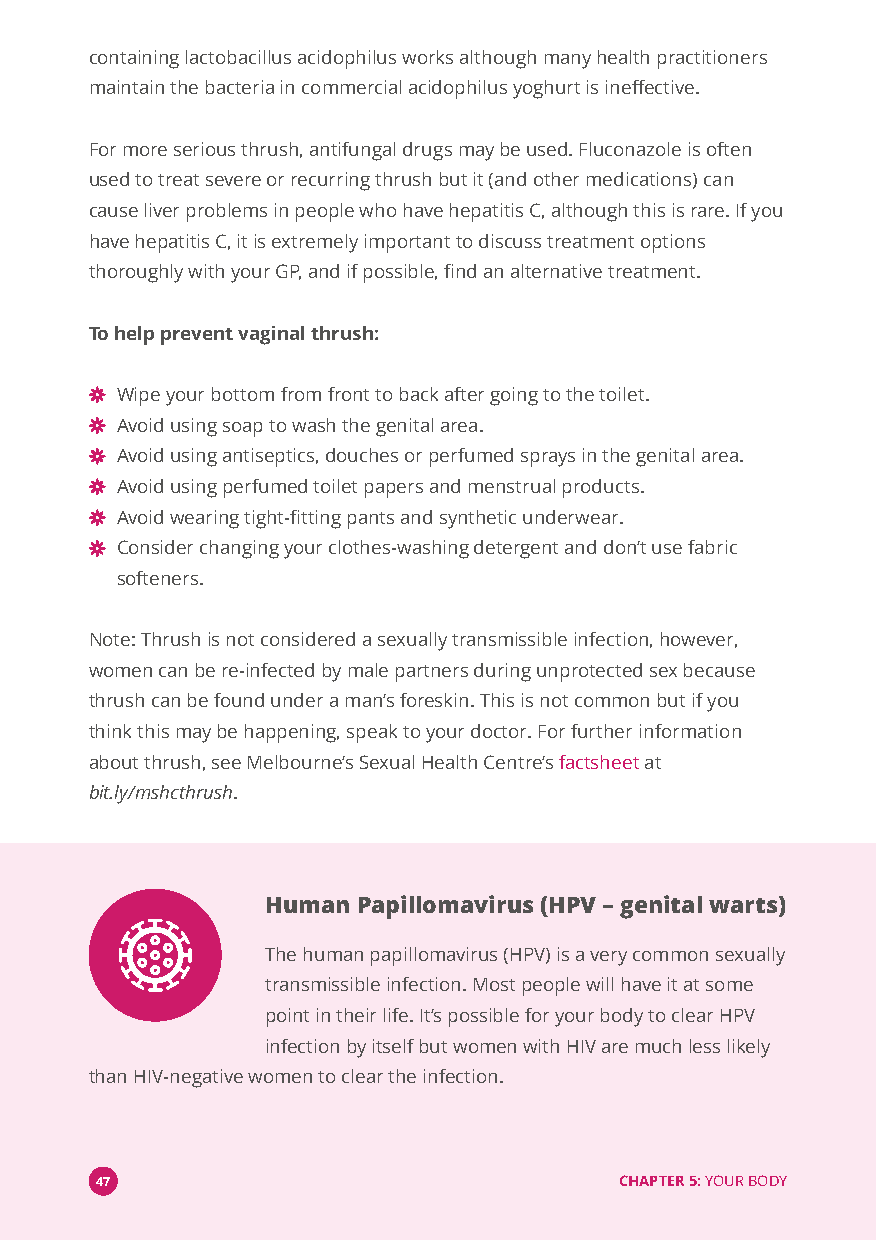
containing lactobacillus acidophilus works although many health practitioners
 maintain the bacteria in commercial acidophilus yoghurt is ineffective.
 For more serious thrush, antifungal drugs may be used. Fluconazole is often
 used to treat severe or recurring thrush but it (and other medications) can
 cause liver problems in people who have hepatitis C, although this is rare. If you
 have hepatitis C, it is extremely important to discuss treatment options
 thoroughly with your GP, and if possible, find an alternative treatment.
 To help prevent vaginal thrush:
 Wipe your bottom from front to back after going to the toilet.
 Avoid using soap to wash the genital area.
 Avoid using antiseptics, douches or perfumed sprays in the genital area.
 Avoid using perfumed toilet papers and menstrual products.
 Avoid wearing tight-fitting pants and synthetic underwear.
 Consider changing your clothes-washing detergent and don’t use fabric
 softeners.
 Note: Thrush is not considered a sexually transmissible infection, however,
 women can be re-infected by male partners during unprotected sex because
 thrush can be found under a man’s foreskin. This is not common but if you
 think this may be happening, speak to your doctor. For further information
 about thrush, see Melbourne’s Sexual Health Centre’sfactsheetat
 bit.ly/mshcthrush.
 Human Papillomavirus (HPV–genital warts)
 The human papillomavirus (HPV) is a very common sexually
 transmissible infection. Most people will have it at some
 point in their life. It’s possible for your body to clear HPV
 infection by itself but women with HIV are much less likely
 than HIV-negative women to clear the infection.
 47                                 CHAPTER 5:YOUR BODY